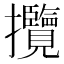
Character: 攬